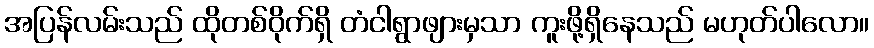
အပြန်လမ်းသည် ထိုတစ်ဝိုက်ရှိ တံငါရွာဖျားမှသာ ကူးဖို့ရှိနေသည် မဟုတ်ပါလော။